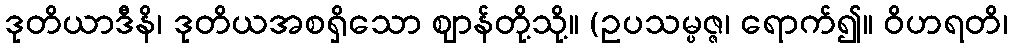
ဒုတိယာဒီနိ၊ ဒုတိယအစရှိသော ဈာန်တို့သို့။ (ဥပသမ္ပဇ္ဇ၊ ရောက်၍။ ဝိဟရတိ၊